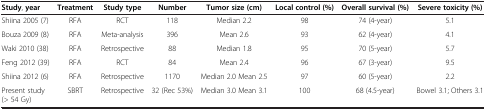
<table><thead><tr><td><b>Study, year</b></td><td><b>Treatment</b></td><td><b>Study type</b></td><td><b>Number</b></td><td><b>Tumor size (cm)</b></td><td><b>Local control (%)</b></td><td><b>Overall survival (%)</b></td><td><b>Severe toxicity (%)</b></td></tr></thead><tbody><tr><td>Shiina 2005 (7)</td><td>RFA</td><td>RCT</td><td>118</td><td>Median 2.2</td><td>98</td><td>74 (4-year)</td><td>5.1</td></tr><tr><td>Bouza 2009 (8)</td><td>RFA</td><td>Meta-analysis</td><td>396</td><td>Mean 2.6</td><td>93</td><td>62 (4-year)</td><td>4.1</td></tr><tr><td>Waki 2010 (38)</td><td>RFA</td><td>Retrospective</td><td>88</td><td>Median 1.8</td><td>95</td><td>70 (5-year)</td><td>5.7</td></tr><tr><td>Feng 2012 (39)</td><td>RFA</td><td>RCT</td><td>84</td><td>Mean 2.4</td><td>96</td><td>67 (3-year)</td><td>9.5</td></tr><tr><td>Shiina 2012 (6)</td><td>RFA</td><td>Retrospective</td><td>1170</td><td>Median 2.0 Mean 2.5</td><td>97</td><td>60 (5-year)</td><td>2.2</td></tr><tr><td>Present study(&gt; 54 Gy)</td><td>SBRT</td><td>Retrospective</td><td>32 (Rec 53%)</td><td>Median 3.0 Mean 3.1</td><td>100</td><td>68 (4.5-year)</td><td>Bowel 3.1; Others 3.1</td></tr></tbody></table>